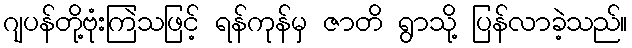
ဂျပန်တို့ဗုံးကြဲသဖြင့် ရန်ကုန်မှ ဇာတိ ရွာသို့ ပြန်လာခဲ့သည်။